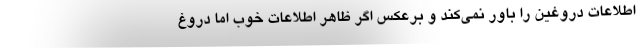
اطلاعات دروغین را باور نمی‌کند و برعکس اگر ظاهر اطلاعات خوب اما دروغ